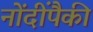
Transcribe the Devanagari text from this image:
नोंदींपैकी